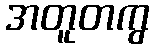
အတူတကွ